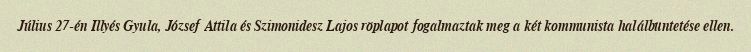
Július 27-én Illyés Gyula, József Attila és Szimonidesz Lajos röplapot fogalmaztak meg a két kommunista halálbüntetése ellen.